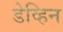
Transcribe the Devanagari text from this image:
डेव्हिन